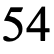
54